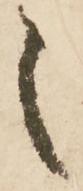
之